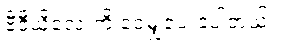
ဗီဒီယိုလေးကို ဝေမျှပေးခဲ့ပါတယ်။